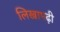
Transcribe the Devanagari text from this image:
लिखापढ़ी